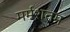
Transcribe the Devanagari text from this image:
मर्मशतम